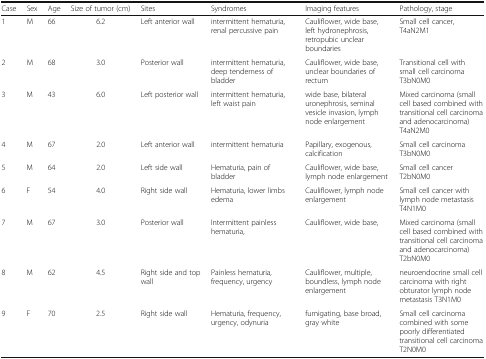
| Case | Sex | Age | Size of tumor (cm) | Sites | Syndromes | Imaging features | Pathology, stage |
 | --- | --- | --- | --- | --- | --- | --- | --- |
 | 1 | M | 66 | 6.2 | Left anterior wall | intermittent hematuria, renal percussive pain | Cauliflower, wide base, left hydronephrosis, retropubic unclear boundaries | Small cell cancer, T4aN2M1 |
 | 2 | M | 68 | 3.0 | Posterior wall | intermittent hematuria, deep tenderness of bladder | Cauliflower, wide base, unclear boundaries of rectum | Transitional cell with small cell carcinoma T3bN0M0 |
 | 3 | M | 43 | 6.0 | Left posterior wall | intermittent hematuria, left waist pain | wide base, bilateral uronephrosis, seminal vesicle invasion, lymph node enlargement | Mixed carcinoma (small cell based combined with transitional cell carcinoma and adenocarcinoma) T4aN2M0 |
 | 4 | M | 67 | 2.0 | Left anterior wall | intermittent hematuria | Papillary, exogenous, calcification | Small cell carcinoma T3bN0M0 |
 | 5 | M | 64 | 2.0 | Left side wall | Hematuria, pain of bladder | Cauliflower, wide base, lymph node enlargement | Small cell cancer T2bN0M0 |
 | 6 | F | 54 | 4.0 | Right side wall | Hematuria, lower limbs edema | Cauliflower, lymph node enlargement | Small cell cancer with lymph node metastasis T4N1M0 |
 | 7 | M | 67 | 3.0 | Posterior wall | Intermittent painless hematuria, | Cauliflower, wide base, | Mixed carcinoma (small cell based combined with transitional cell carcinoma and adenocarcinoma) T2bN0M0 |
 | 8 | M | 62 | 4.5 | Right side and top wall | Painless hematuria, frequency, urgency | Cauliflower, multiple, boundless, lymph node enlargement | neuroendocrine small cell carcinoma with right obturator lymph node metastasis T3N1M0 |
 | 9 | F | 70 | 2.5 | Right side wall | Hematuria, frequency, urgency, odynuria | fumigating, base broad, gray white | Small cell carcinoma combined with some poorly differentiated transitional cell carcinoma T2N0M0 |